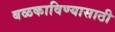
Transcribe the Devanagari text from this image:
बळकाविण्यासाठी